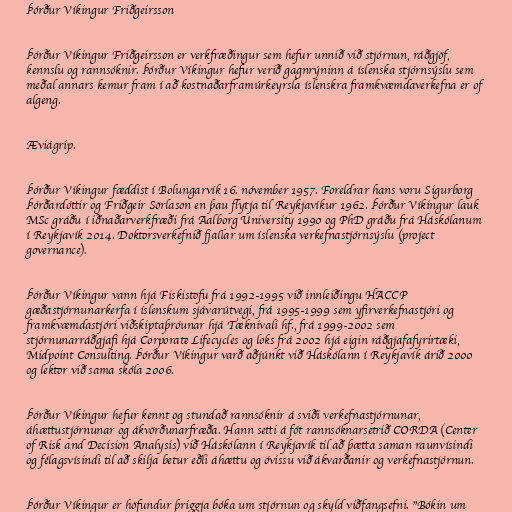
Þórður Víkingur Friðgeirsson

Þórður Víkingur Friðgeirsson er verkfræðingur sem hefur unnið við stjórnun, ráðgjöf,
kennslu og rannsóknir. Þórður Víkingur hefur verið gagnrýninn á íslenska stjórnsýslu sem
meðal annars kemur fram í að kostnaðarframúrkeyrsla íslenskra framkvæmdaverkefna er of
algeng.

Æviágrip.

Þórður Víkingur fæddist í Bolungarvík 16. nóvember 1957. Foreldrar hans voru Sigurborg
Þórðardóttir og Friðgeir Sörlason en þau flytja til Reykjavíkur 1962. Þórður Víkingur lauk
MSc gráðu í iðnaðarverkfræði frá Aalborg University 1990 og PhD gráðu frá Háskólanum
í Reykjavík 2014. Doktorsverkefnið fjallar um íslenska verkefnastjórnsýslu (project
governance).

Þórður Víkingur vann hjá Fiskistofu frá 1992-1995 við innleiðingu HACCP
gæðastjórnunarkerfa í íslenskum sjávarútvegi, frá 1995-1999 sem yfirverkefnastjóri og
framkvæmdastjóri viðskiptaþróunar hjá Tæknivali hf., frá 1999-2002 sem
stjórnunarráðgjafi hjá Corporate Lifecycles og loks frá 2002 hjá eigin ráðgjafafyrirtæki,
Midpoint Consulting. Þórður Víkingur varð aðjúnkt við Háskólann í Reykjavík árið 2000
og lektor við sama skóla 2006.

Þórður Víkingur hefur kennt og stundað rannsóknir á sviði verkefnastjórnunar,
áhættustjórnunar og ákvörðunarfræða. Hann setti á fót rannsóknarsetrið CORDA (Center
of Risk and Decision Analysis) við Háskólann í Reykjavík til að þætta saman raunvísindi
og félagsvísindi til að skilja betur eðli áhættu og óvissu við ákvarðanir og verkefnastjórnun.

Þórður Víkingur er höfundur þriggja bóka um stjórnun og skyld viðfangsefni. "Bókin um